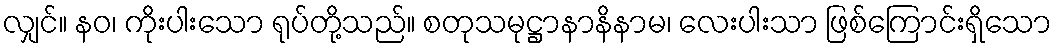
လျှင်။ နဝ၊ ကိုးပါးသော ရုပ်တို့သည်။ စတုသမုဋ္ဌာနာနိနာမ၊ လေးပါးသာ ဖြစ်ကြောင်းရှိသော